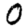
Digit: 0